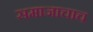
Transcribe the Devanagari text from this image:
समाजाचाच